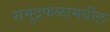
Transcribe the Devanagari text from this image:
समुद्रफळामधील